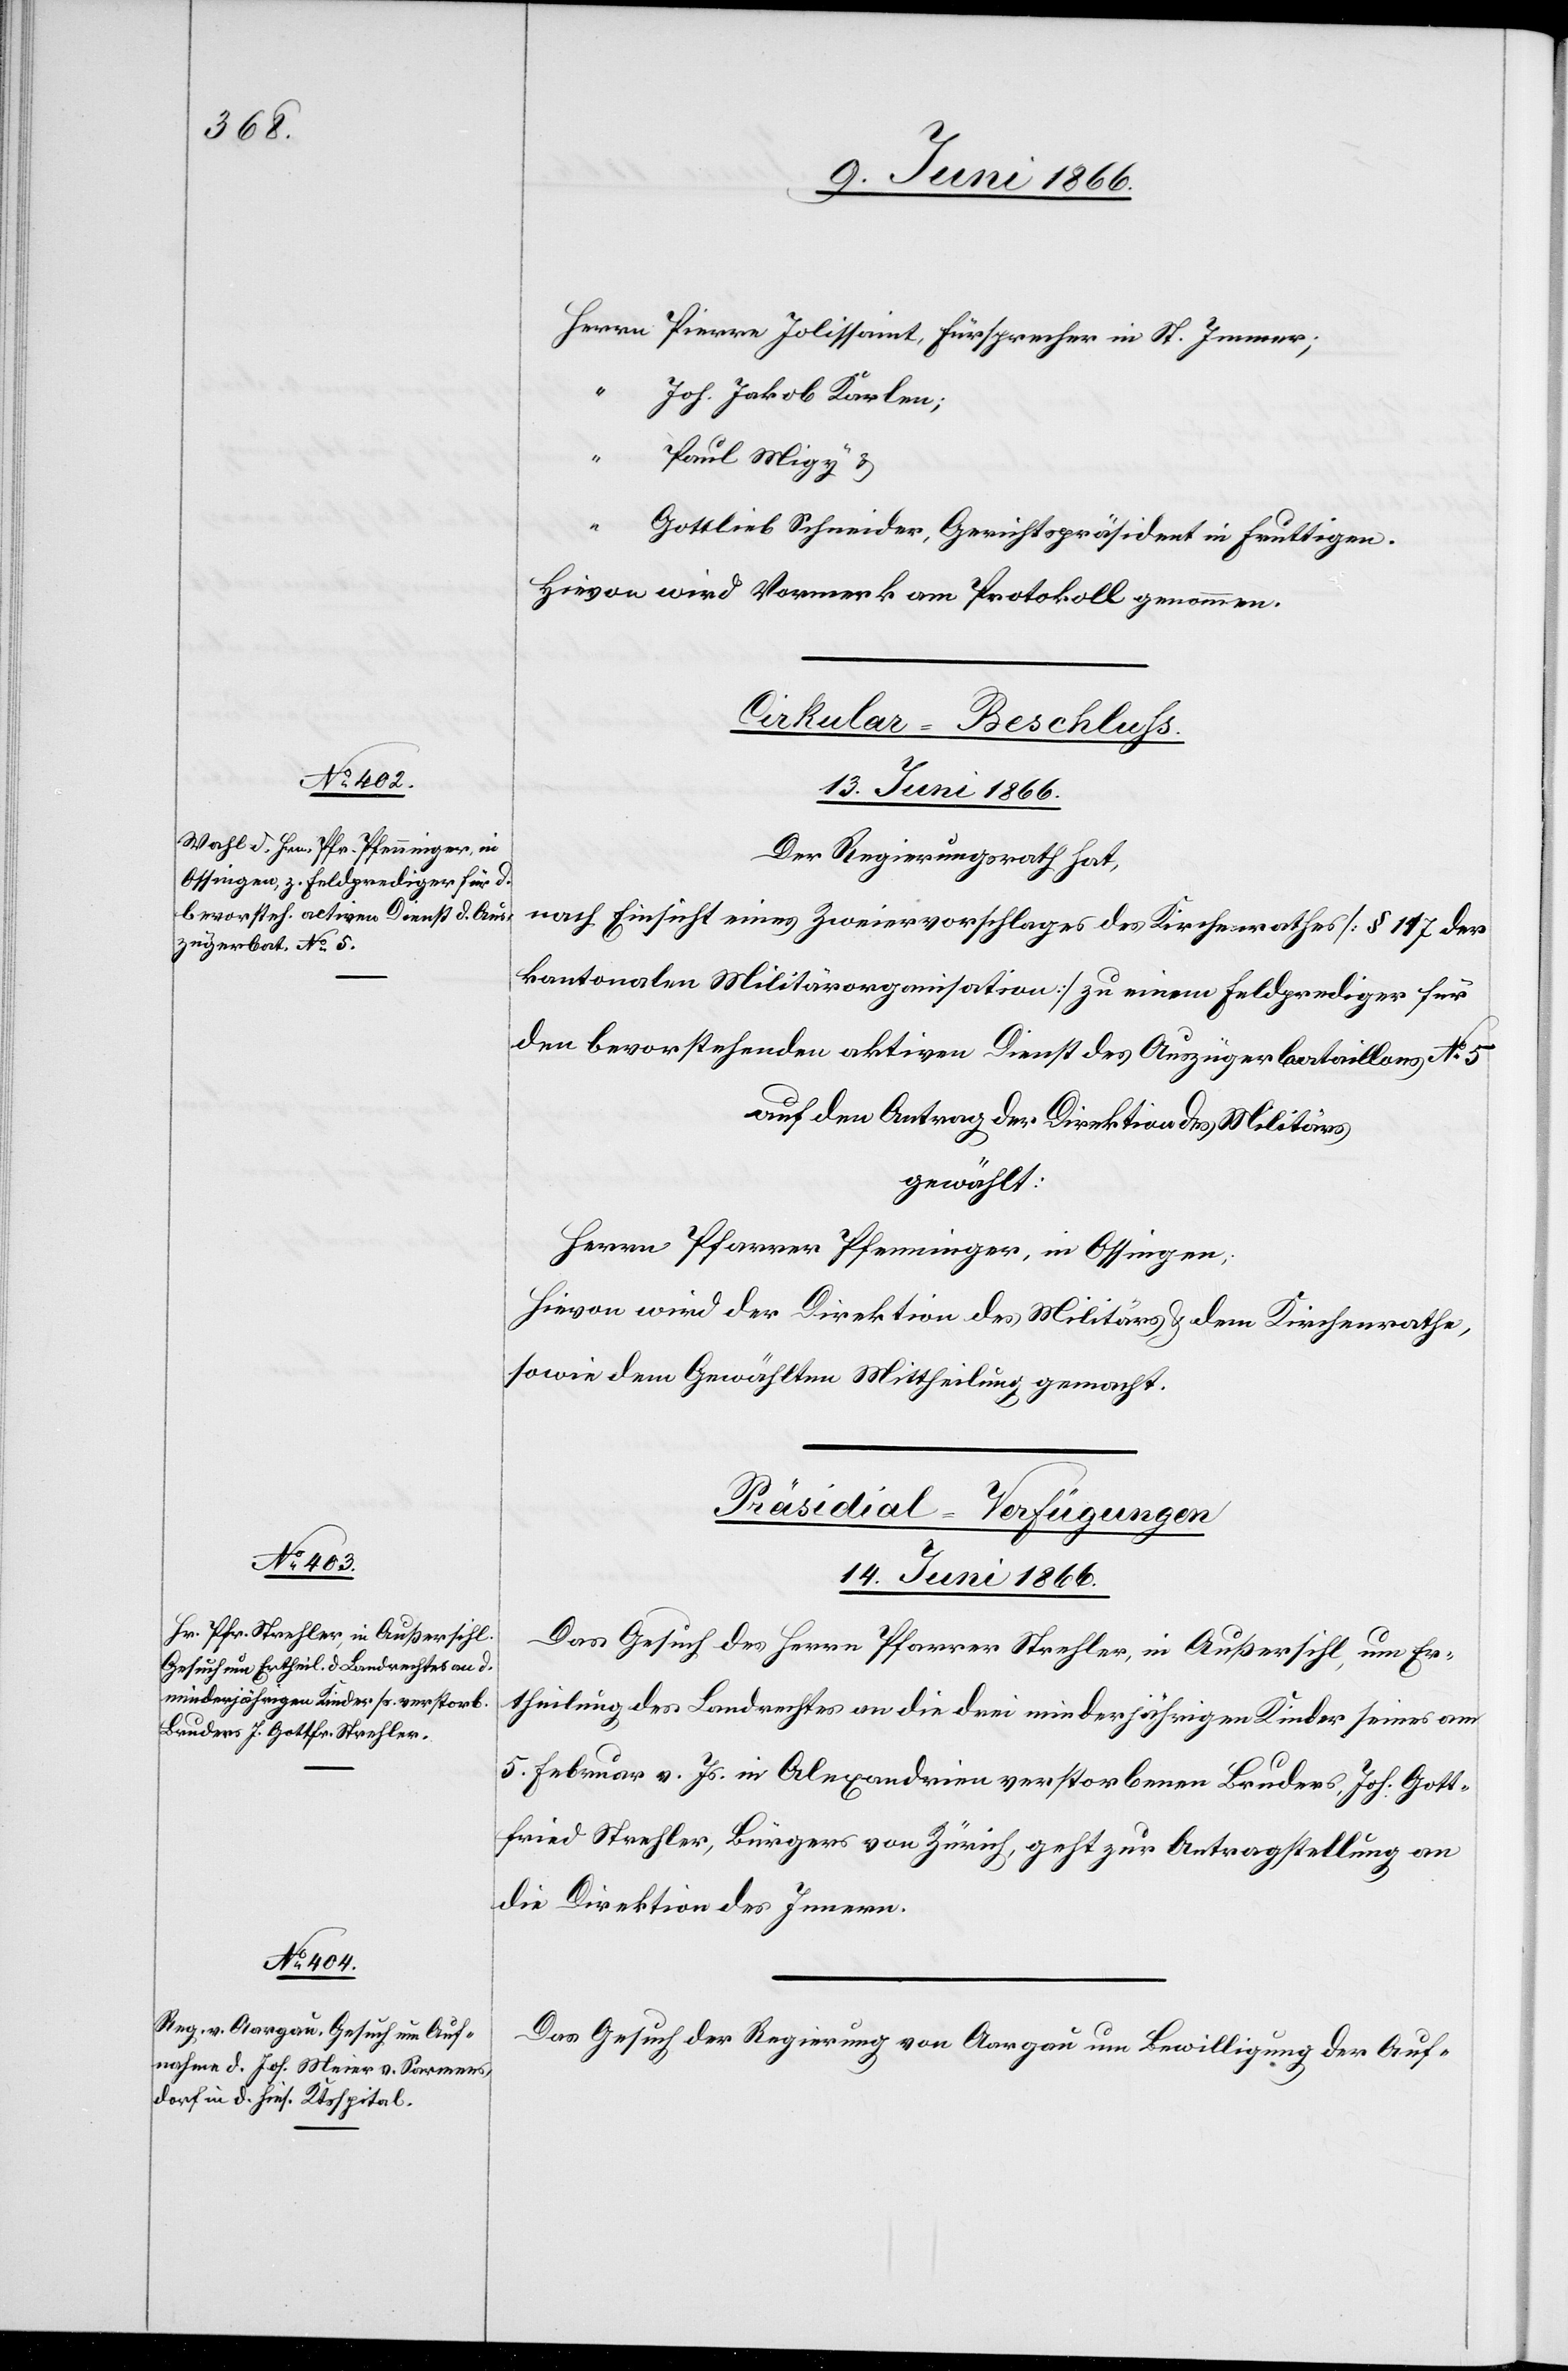
Herrn Pierre Jolissaint, Fürsprecher in St. Immer;
“ Joh. Jakob Karlen;
Paul Migy u.
“
Gottlieb Schneider, Gerichtspräsident in Fruttingen.
Hievon wird Vormerk am Protokoll genommen.
Cirkular-Beschluß.
13. Juni 1866.
Der Regierungsrath hat,
nach Einsicht eines Zweiervorschlages des Kirchenrathes [§ 117 der
kantonalen Militärorganisation] zu einem Feldprediger für
den bevorstehenden aktiven Dienst des Auszügerbataillons No. 5
auf den Antrag der Direktion des Militärs
gewählt:
Herrn Pfarrer Pfenninger, in Ossingen.
Hievon wird der Direktion des Militärs u. dem Kirchenrathe,
sowie dem Gewählten Mittheilung gemacht.
[Präsidial-Verfügungen.
14. Juni 1866.]
Das Gesuch des Herrn Pfarrer Strechler, in Außersihl, um Er¬
theilung des Landrechtes an die drei minderjährigen Kinder seines am
5. Februar v. Js. in Alexandrien verstorbenen Bruders, Joh. Gott¬
fried Strechler, Bürger von Zürich, geht zur Antragstellung an
die Direktion des Innern.
Das Gesuch der Regierung von Aargau um Bewilligung der Auf-